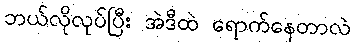
ဘယ်လိုလုပ်ပြီး အဲဒီထဲ ရောက်နေတာလဲ